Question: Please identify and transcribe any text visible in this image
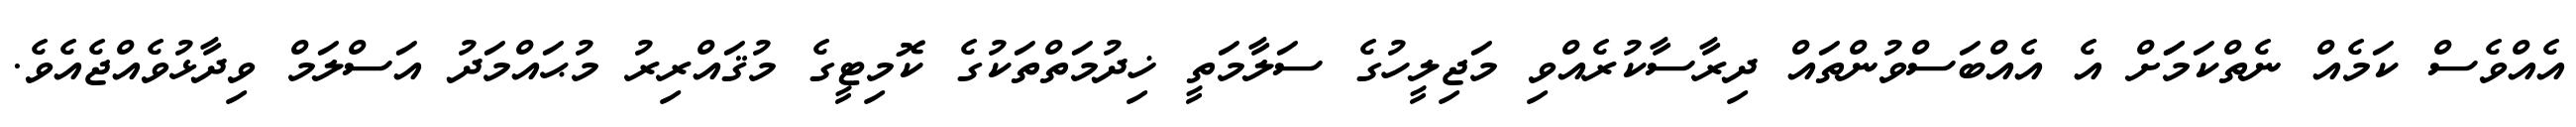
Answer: އެއްވެސް ކަމެއް ނެތްކަމަަށް އެ އެއްބަސްވުންތައް ދިރާސާކުރެއްވި މަޖިލީހުގެ ސަލާމަތީ ޚިދުމަތްތަކުގެ ކޮމިޓީގެ މުޤައްރިރު މުޙައްމަދު އަސްލަމް ވިދާޅުވެއްޖެއެވެ.